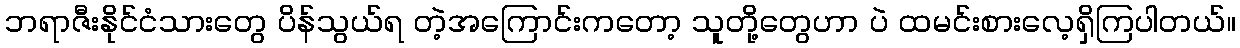
ဘရာဇီးနိုင်ငံသားတွေ ပိန်သွယ်ရ တဲ့အကြောင်းကတော့ သူတို့တွေဟာ ပဲ ထမင်းစားလေ့ရှိကြပါတယ်။